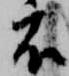
衣